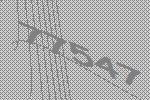
77547